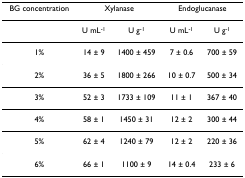
| BG concentration | <COLSPAN=2> Xylanase | <COLSPAN=2> Endoglucanase |
 | --- | --- | --- | --- | --- |
 |  | U mL-1 | U g-1 | U mL-1 | U g-1 |
 | 1% | 14 ± 9 | 1400 ± 459 | 7 ± 0.6 | 700 ± 59 |
 | 2% | 36 ± 5 | 1800 ± 266 | 10 ± 0.7 | 500 ± 34 |
 | 3% | 52 ± 3 | 1733 ± 109 | 11 ± 1 | 367 ± 40 |
 | 4% | 58 ± 1 | 1450 ± 31 | 12 ± 2 | 300 ± 44 |
 | 5% | 62 ± 4 | 1240 ± 79 | 12 ± 2 | 220 ± 36 |
 | 6% | 66 ± 1 | 1100 ± 9 | 14 ± 0.4 | 233 ± 6 |